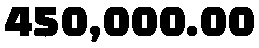
450,000.00